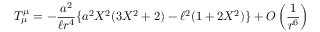
T _ { \mu } ^ { \mu } = - \frac { a ^ { 2 } } { \ell r ^ { 4 } } \{ a ^ { 2 } X ^ { 2 } ( 3 X ^ { 2 } + 2 ) - \ell ^ { 2 } ( 1 + 2 X ^ { 2 } ) \} + O \left( \frac { 1 } { r ^ { 6 } } \right)